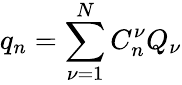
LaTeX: q_{n}=\sum_{\nu=1}^{N}C_{n}^{\nu}Q_{\nu}